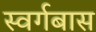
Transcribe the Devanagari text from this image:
स्वर्गबास